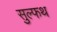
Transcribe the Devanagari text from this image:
सुल्फथ